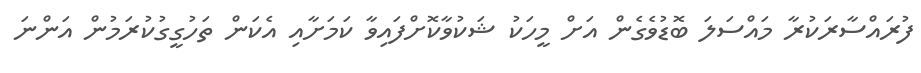
ފުރައްސާރަކުރާ މައްސަލަ ބޮޑުވެގެން އަށް މީހަކު ޝަކުވާކޮށްފައިވާ ކަމަށާއި އެކަން ތަހުގީގުކުރަމުން އަންނަ